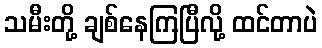
သမီးတို့ ချစ်နေကြပြီလို့ ထင်တာပဲ